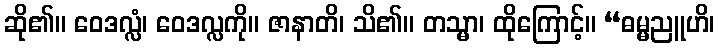
ဆို၏။ ဝေဒလ္လံ၊ ဝေဒလ္လကို။ ဇာနာတိ၊ သိ၏။ တသ္မာ၊ ထိုကြောင့်။ “ဓမ္မညူဟိ၊